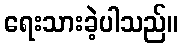
ရေးသားခဲ့ပါသည်။